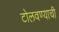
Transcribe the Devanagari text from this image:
टोलवण्याची